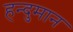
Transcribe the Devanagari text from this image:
हन्दुमान